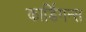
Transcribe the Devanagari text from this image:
कार्डिगन्स